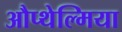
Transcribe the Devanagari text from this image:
औप्थेल्मिया